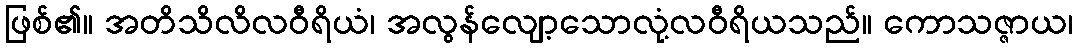
ဖြစ်၏။ အတိသိလိလဝီရိယံ၊ အလွန်လျော့သောလုံ့လဝီရိယသည်။ ကောသဇ္ဇာယ၊